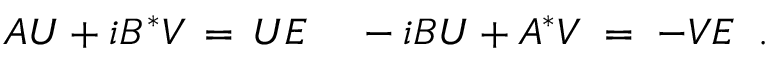
A U + i B ^ { * } V \, = \, U E \; \; \; \; - i B U + A ^ { * } V \; = \; - V E \; \; .